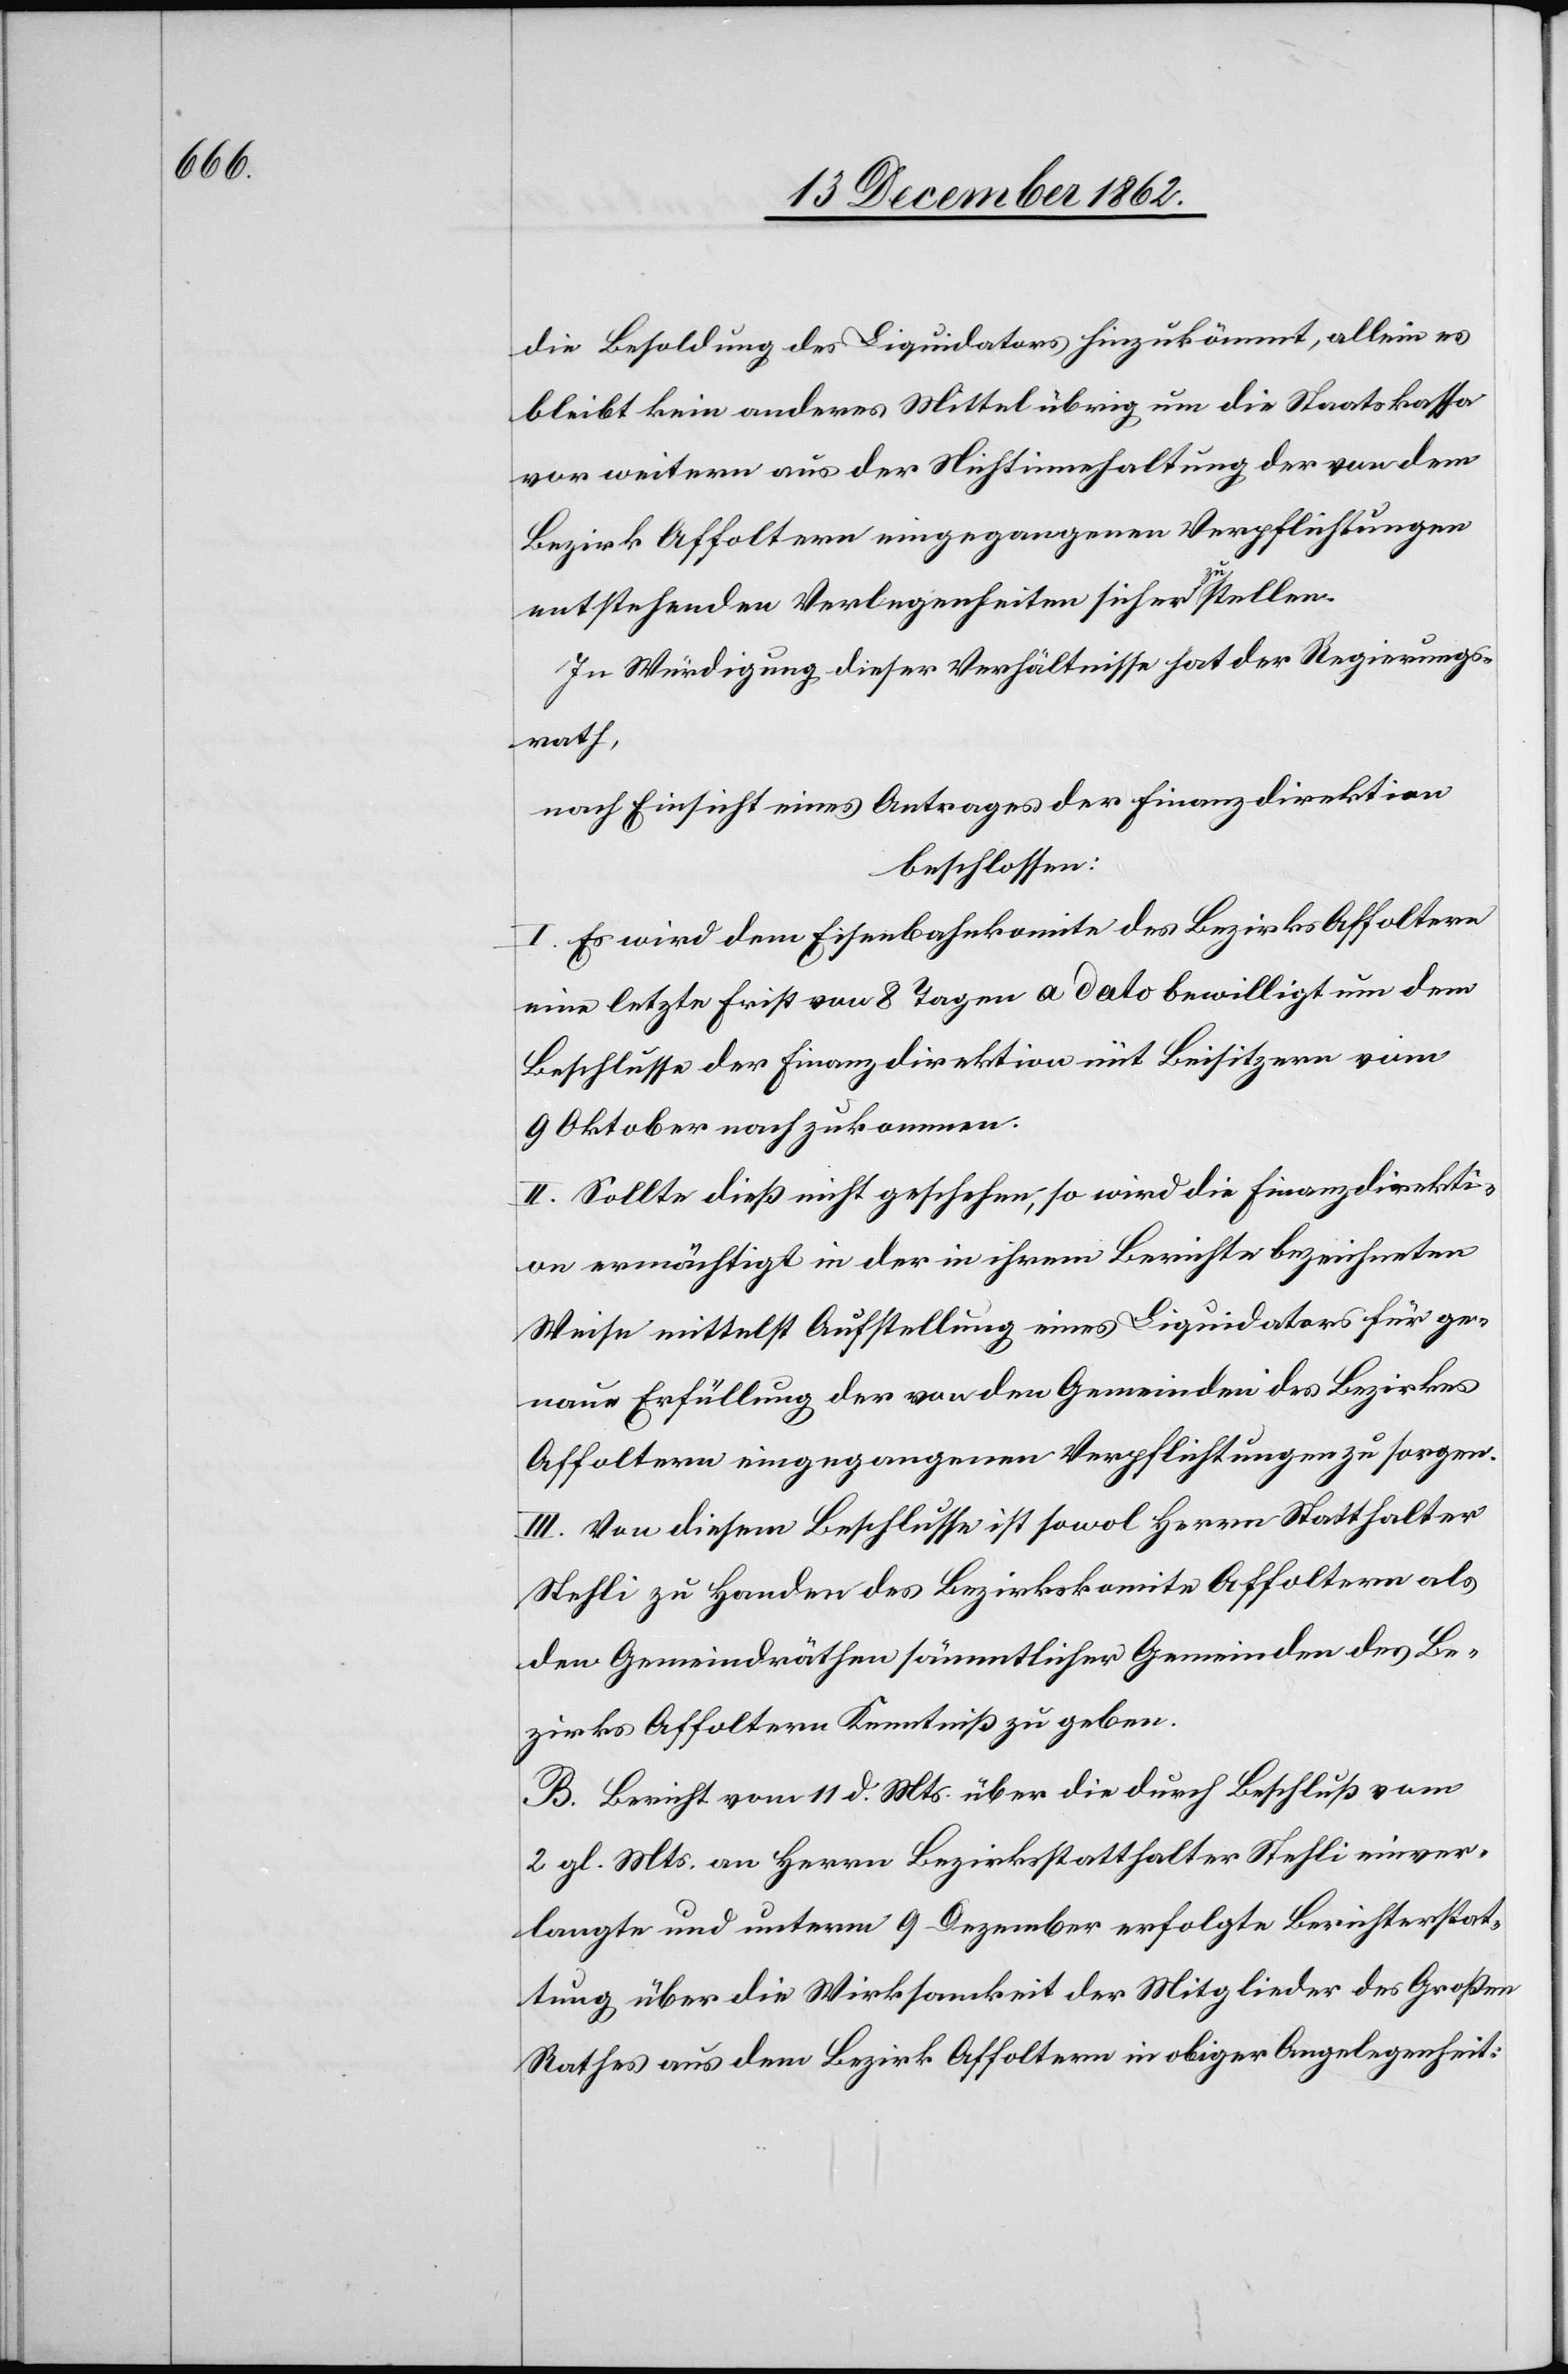
die Besoldung des Liquidators hinzukömmt, allein es
bleibt kein anderes Mittel übrig um die Staatskassa
vor weitern aus der Nichtinnehaltung der von dem
Bezirk Affoltern eingegangenen Verpflichtungen
entstehenden Verlegenheiten sicher zu stellen.
In Würdigung dieser Verhältnisse hat der Regierungs¬
rath,
nach Einsicht eines Antrages der Finanzdirektion
beschlossen:
I. Es wird dem Eisenbahnkomite des Bezirks Affoltern
eine letzte Frist von 8 Tagen a dato bewilligt um dem
Beschlusse der Finanzdirektion mit Beisitzern vom
9. Oktober nach zu kommen.
II. Sollte dieß nicht geschehen, so wird die Finanzdirekti¬
on ermächtigt in der in ihrem Berichte bezeichneten
Weise mittelst Aufstellung eines Liquidators für ge¬
naue Erfüllung der von den Gemeinden des Bezirkes
Affoltern eingegangenen Verpflichtungen zu sorgen.
III. Von diesem Beschlusse ist sowol Herrn Statthalter
Stehli zu Handen des Bezirkskomite Affoltern als
den Gemeindräthen sämmtlicher Gemeinden des Be¬
zirkes Affoltern Kenntniß zu geben.
B. Bericht vom 11. d. Mts. über die durch Beschluß vom
2. fl. Mts. an Herrn Bezirksstatthalter Stehli einver¬
langte und unterm 9. Dezember erfolgte Berichterstat¬
tung über die Wirksamkeit der Mitglieder des Großen
Rathes aus dem Bezirk Affoltern in obiger Angelegenheit: